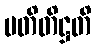
ပတိတိဋ္ဌတိ